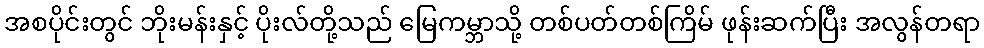
အစပိုင်းတွင် ဘိုးမန်းနှင့် ပိုးလ်တို့သည် မြေကမ္ဘာသို့ တစ်ပတ်တစ်ကြိမ် ဖုန်းဆက်ပြီး အလွန်တရာ